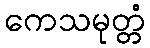
ကေသမုတ္တံ